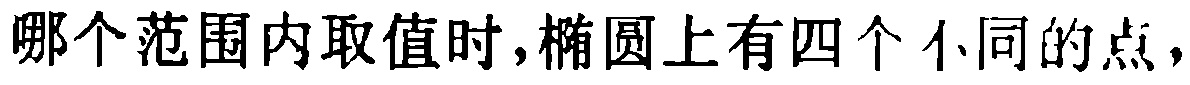
哪个范围内取值时,椭圆上有四个不同的点，